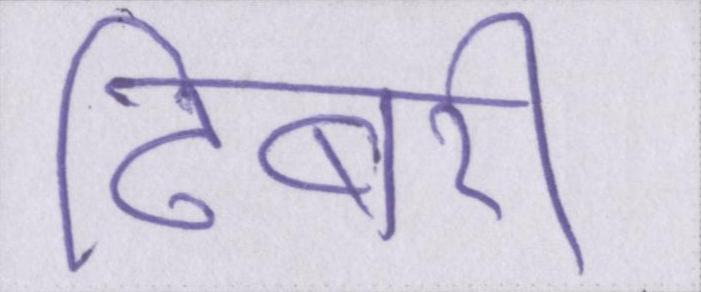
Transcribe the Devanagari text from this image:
ढिबरी